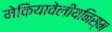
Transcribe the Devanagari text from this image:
मेकियावेलीयनिस्म